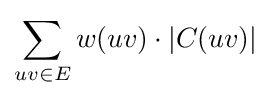
\sum _{uv\in E}w(uv)\cdot |C(uv)|